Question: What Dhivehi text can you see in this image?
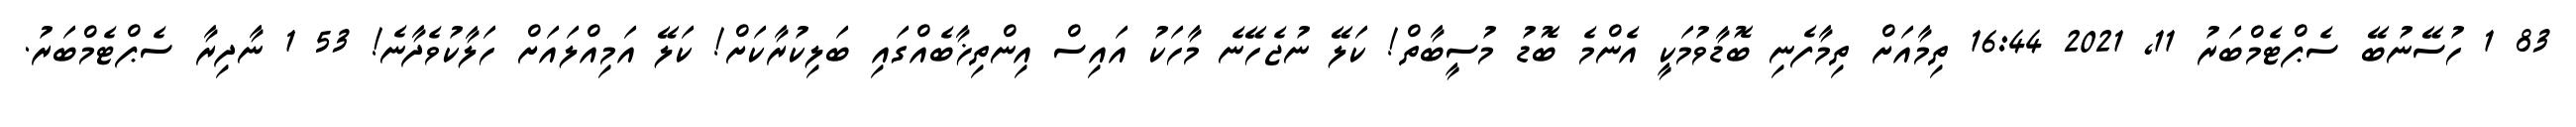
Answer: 83 1 ހުސޭނުބޭ ސެޕްޓެމްބަރު 11, 2021 16:44 ތިމާއަށް ތިމާފެނި ބޮޑާވުމަކީ އެންމެ ބޮޑު މުސީބާތް! ކަލޭ ނުޖެހޭނެ މާހަކު އައިސް އިންތިޚާބެއްގައި ބަލިކުރާކަށް! ކަލޭ އަމިއްލައަށް ހަލާކުވެދާނެ! 53 1 ނާދިރާ ސެޕްޓެމްބަރު.